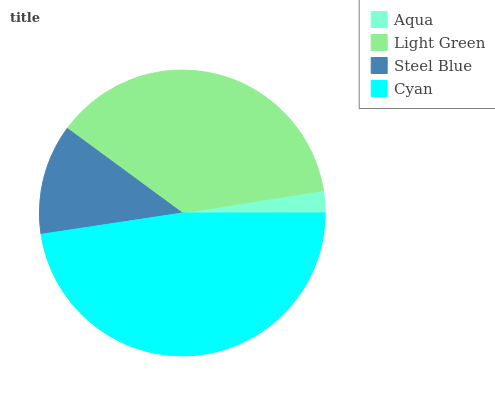
| Aqua | Light Green | Steel Blue | Cyan |
 | --- | --- | --- | --- |
 | 2.5% | 37.4% | 12.5% | 47.6% |